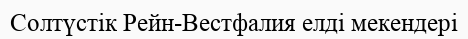
Солтүстік Рейн-Вестфалия елді мекендері